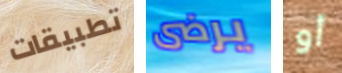
تطبيقات يرضى أو